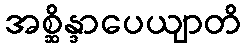
အစ္ဆိန္ဒာပေယျာတိ